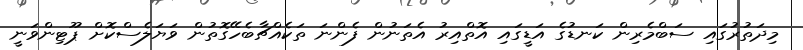
މިދަތުރުގައި ސަބްމެރިން ކަނޑުގެ އަޑީގައި އޮތްއިރު އެތަނުން ފެންނަ ތަކެއްޗާބެހޭގޮތުން ވަޔަލެސްކޮށް ޕޫޓިންވަނީ